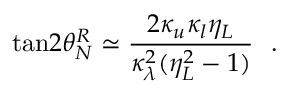
\mathrm { t a n } 2 \theta _ { N } ^ { R } \simeq { \frac { 2 \kappa _ { u } \kappa _ { l } \eta _ { L } } { \kappa _ { \lambda } ^ { 2 } ( \eta _ { L } ^ { 2 } - 1 ) } } ~ ~ .